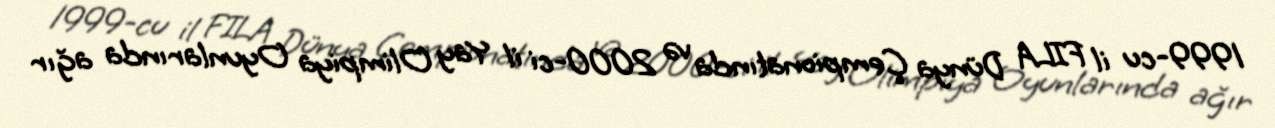
1999-cu il FILA Dünya Çempionatında və 2000-ci il Yay Olimpiya Oyunlarında ağır